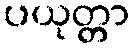
ပယုတ္တာ